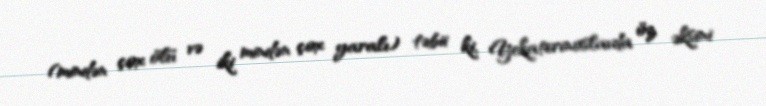
(mindən çox ölü və iki mindən çox yaralı) təbii ki, Yekaterinoslavda öz əksini